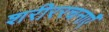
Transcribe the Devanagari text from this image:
शरीररचनाएँ